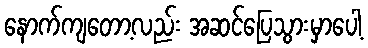
နောက်ကျတော့လည်း အဆင်ပြေသွားမှာပေါ့